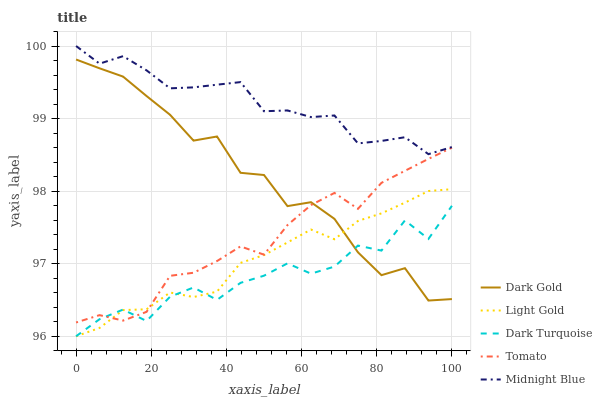
| xaxis_label | Dark Gold | Light Gold | Dark Turquoise | Tomato | Midnight Blue |
 | --- | --- | --- | --- | --- | --- |
 | 0 | 99.8 | 96 | 96 | 96.2 | 100 |
 | 6.25 | 99.7 | 96.1 | 96.2 | 96.3 | 99.8 |
 | 12.5 | 99.6 | 96.4 | 96.4 | 96.2 | 99.9 |
 | 18.8 | 99.3 | 96.4 | 96.2 | 96.3 | 99.7 |
 | 25 | 99.1 | 96.6 | 96.5 | 96.8 | 99.4 |
 | 31.2 | 98.7 | 96.5 | 96.7 | 96.9 | 99.4 |
 | 37.5 | 98.8 | 96.6 | 96.5 | 97 | 99.5 |
 | 43.8 | 98.3 | 97 | 96.7 | 97.2 | 99.5 |
 | 50 | 98.2 | 97.1 | 96.8 | 97.1 | 99.1 |
 | 56.2 | 97.8 | 97.3 | 97 | 97.5 | 99.1 |
 | 62.5 | 97.8 | 97.5 | 96.9 | 97.8 | 99 |
 | 68.8 | 97.6 | 97.3 | 97 | 98 | 99 |
 | 75 | 97.2 | 97.6 | 97.2 | 97.8 | 98.7 |
 | 81.2 | 96.8 | 97.7 | 97.2 | 98.1 | 98.7 |
 | 87.5 | 96.9 | 97.8 | 97.6 | 98.3 | 98.7 |
 | 93.8 | 96.5 | 98 | 97.3 | 98.4 | 98.5 |
 | 100 | 96.5 | 98 | 97.8 | 98.6 | 98.6 |